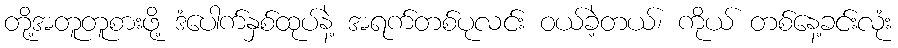
တို့အတူတူစားဖို့ ဒံပေါက်နှစ်ထုပ်နဲ့ အရက်တစ်ပုလင်း ဝယ်ခဲ့တယ်၊ ကိုယ် တစ်နေ့ခင်းလုံး